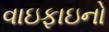
વાઇફાઇનો